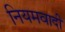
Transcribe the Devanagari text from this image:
नियमवादी